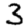
Digit: 3